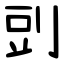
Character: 剅